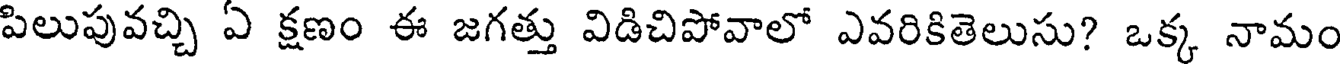
పిలుపువచ్చి ఏ క్షణం ఈ జగత్తు విడిచిపోవాలో ఎవరికితెలుసు? ఒక్క నామం